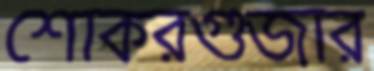
শোকরগুজার